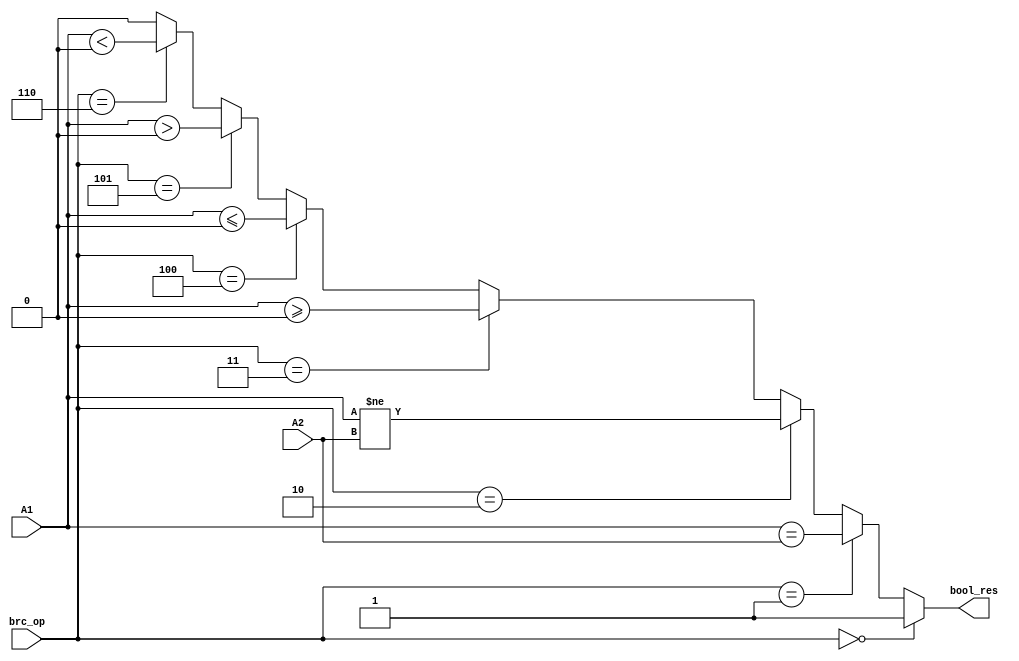
module CMP(
    input [31:0] A1, A2,
    input [5:0] brc_op,
    output bool_res
);

    assign bool_res = (brc_op == 0) ? 1 :
                        (brc_op == 1) ? (A1 == A2) :
                        (brc_op == 2) ? (A1 != A2) :
                        (brc_op == 3) ? ($signed(A1) >= 0) :
                        (brc_op == 4) ? ($signed(A1) <= 0) :
                        (brc_op == 5) ? ($signed(A1) > 0) :
                        (brc_op == 6) ? ($signed(A1) < 0) :
                        0;



endmodule